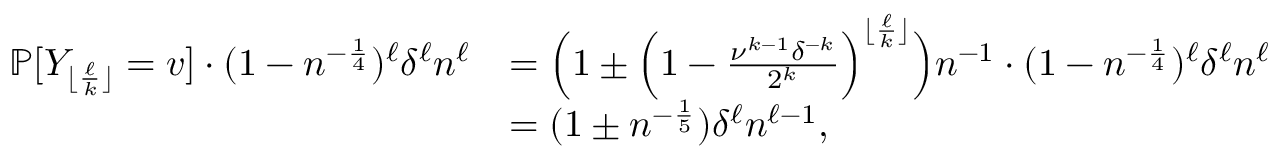
\begin{array} { r l } { \mathbb { P } [ Y _ { \lfloor \frac { \ell } { k } \rfloor } = v ] \cdot ( 1 - n ^ { - \frac { 1 } { 4 } } ) ^ { \ell } \delta ^ { \ell } n ^ { \ell } } & { = \Big ( 1 \pm \Big ( 1 - \frac { \nu ^ { k - 1 } \delta ^ { - k } } { 2 ^ { k } } \Big ) ^ { \lfloor \frac { \ell } { k } \rfloor } \Big ) n ^ { - 1 } \cdot ( 1 - n ^ { - \frac { 1 } { 4 } } ) ^ { \ell } \delta ^ { \ell } n ^ { \ell } } \\ & { = ( 1 \pm n ^ { - \frac { 1 } { 5 } } ) \delta ^ { \ell } n ^ { \ell - 1 } , } \end{array}